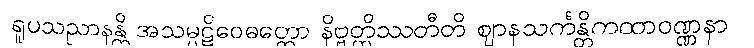
ရူပသညာနန္တိ အသမ္ပဋိဝေဓတ္ထော နိဗ္ဗတ္တိဿတီတိ ဈာနသင်္ကန္တိကထာဝဏ္ဏနာ